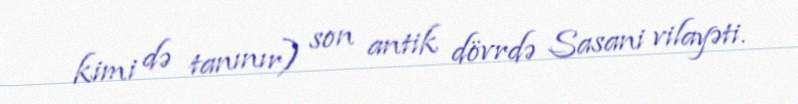
kimi də tanınır) son antik dövrdə Sasani vilayəti.